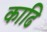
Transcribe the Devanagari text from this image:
काढि